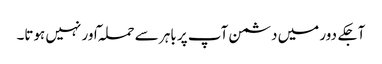
آجکے دور میں دشمن آپ پر باہر سے حملہ ٓاور نہیں ہوتا۔